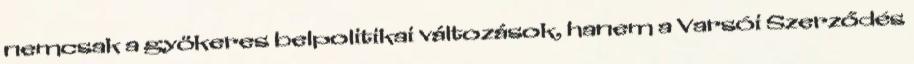
nemcsak a gyökeres belpolitikai változások, hanem a Varsói Szerződés